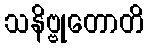
သနိဗ္ဗုတောတိ